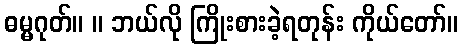
ဓမ္မဂုတ်။ ။ ဘယ်လို ကြိုးစားခဲ့ရတုန်း ကိုယ်တော်။